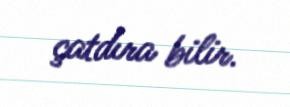
çatdıra bilir.